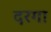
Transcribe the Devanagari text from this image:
दरगा